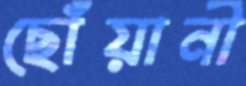
ছোঁয়ানী